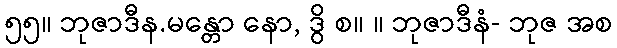
၅၅။ ဘုဇာဒီန.မန္တော နော, ဒွိ စ။ ။ ဘုဇာဒီနံ- ဘုဇ အစ